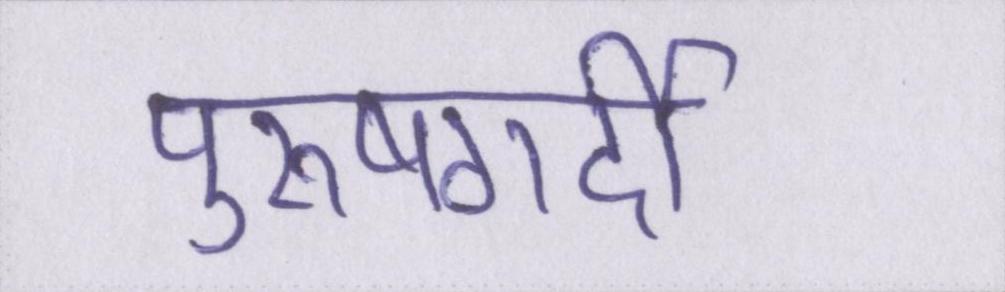
पुरूषगर्दी